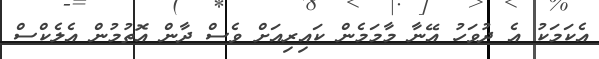
އެކަމަކު އެ ދުވަހު އޭނާ މާމަމެން ކައިރިއަށް ވެސް ދާން އޮތުމުން އެލެކްސް